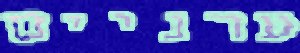
ערניים